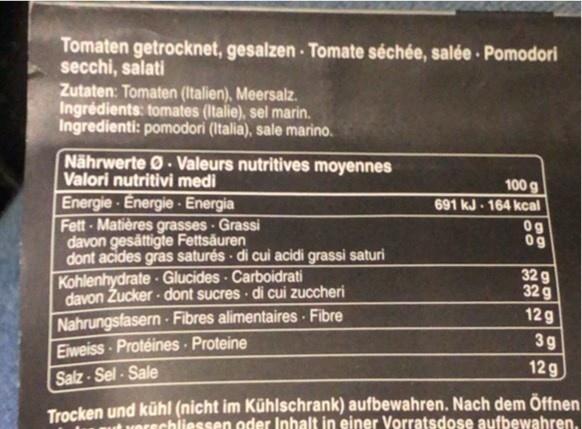
Tomaten getrocknet, gesalzen Tomate séchée, salée · Pomodori secchi, salati Zutaten: Tomaten (Italien), Meersalz. Ingrédients: tomates (Italie), sel marin. Ingredienti: pomodori (Italia), sale marino.
Nährwerte O. Valeurs nutritives moyennes Valori nutritivi medi
100 g 691 kJ 164 kcal
Energie- Energie -· Energia Fett- Matières grasses Grassi davon gesättigte Fettsäuren dont acides gras saturés di cui acidi grassi saturi Kohlenhydrate- Glucides - Carboidrati davon Zucker - dont sucres di cui zuccheri Nahrungsfasern-Fibres alimentaires Fibre Eiweiss Protéines Proteine
0g 0g
32 g 32g
12 g
3g
12g
Salz-Sel- Sale
Trocken und kühl (nicht im Kühlschrank) aufbewahren. Nach dem Öffnen Morechliessen oder Inhalt in einer Vorratsdose aufbewahren.